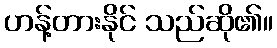
ဟန့်တားနိုင် သည်ဆို၏။